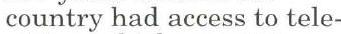
country had access to tele-